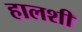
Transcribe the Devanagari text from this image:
हालशी